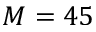
M = 4 5